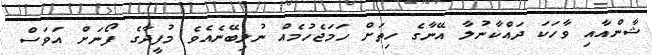
ޝާންއާއި ވާހަކަ ދައްކާނުލާ އޭނާގެ ހިތަށް ހަމަޖެހުމެއް ނުލިބޭނެއެވެ މުފީދާގެ ފޯނަށް އަވަސް